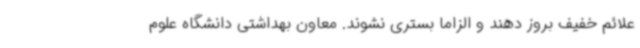
علائم خفیف بروز دهند و الزاما بستری نشوند. معاون بهداشتی دانشگاه علوم